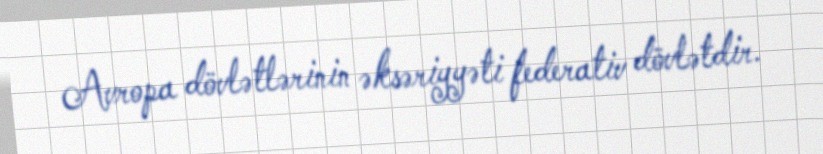
Avropa dövlətlərinin əksəriyyəti federativ dövlətdir.